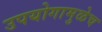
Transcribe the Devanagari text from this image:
उपयोगामुळेच